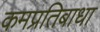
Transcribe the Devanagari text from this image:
कमप्रतिबाधा